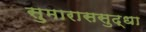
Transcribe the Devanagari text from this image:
सुमाराससुद्धा